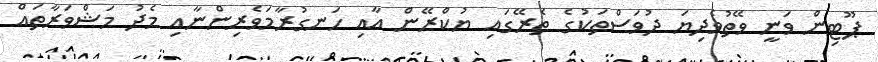
ޕޫޓިން ވަނީ ވޭތުވެދިޔަ ދުވަސްތަކުގެ ތެރޭގައި ޔުކްރޭން އާއި ހަނގުރާމަވެރިންނާއި މެދު މަޝްވަރާތައް